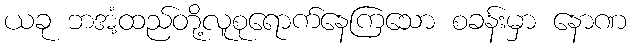
ယခု ဘအံ့ထည်တို့လူစုရောက်နေကြသော စခန်းမှာ နောဏ